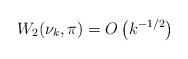
LaTeX: \begin{align*}W_2(\nu_{k},\pi) = O\left(k^{-1/2}\right)\end{align*}